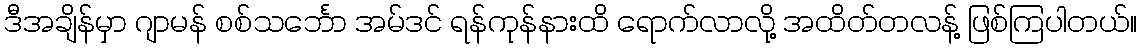
ဒီအချိန်မှာ ဂျာမန် စစ်သင်္ဘော အမ်ဒင် ရန်ကုန်နားထိ ရောက်လာလို့ အထိတ်တလန့် ဖြစ်ကြပါတယ်။